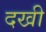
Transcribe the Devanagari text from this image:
दखी